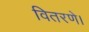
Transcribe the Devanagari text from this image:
वितरणे।